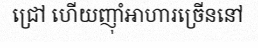
ជ្រៅ ហើយញុាំអាហារច្រើននៅ